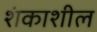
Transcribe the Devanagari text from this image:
शंकाशील